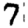
Digit: 7